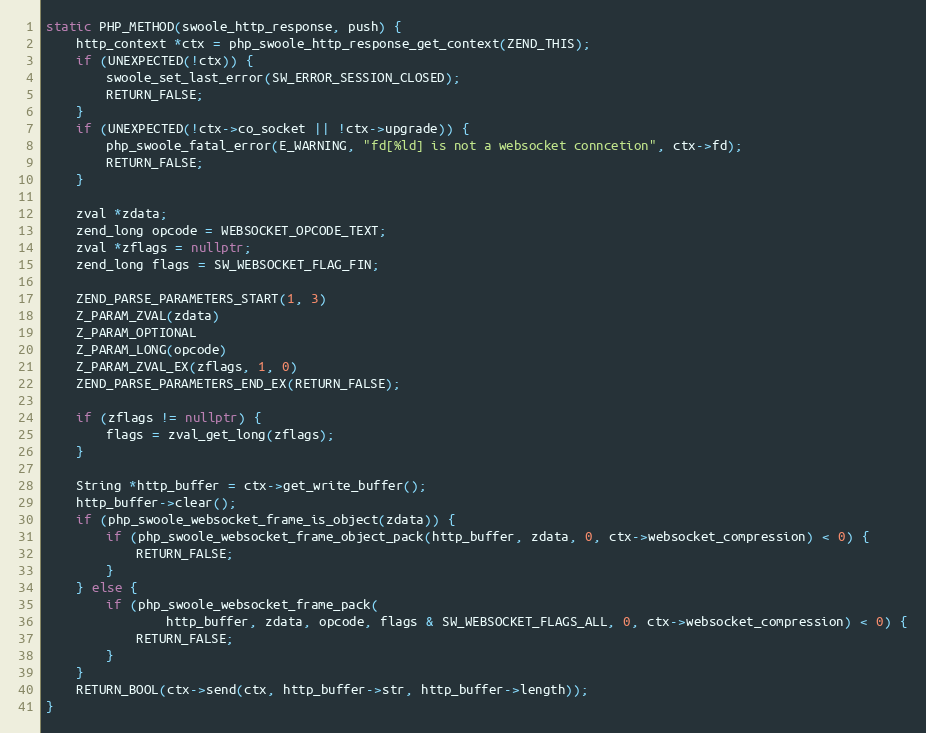
Language: C++
static PHP_METHOD(swoole_http_response, push) {
    http_context *ctx = php_swoole_http_response_get_context(ZEND_THIS);
    if (UNEXPECTED(!ctx)) {
        swoole_set_last_error(SW_ERROR_SESSION_CLOSED);
        RETURN_FALSE;
    }
    if (UNEXPECTED(!ctx->co_socket || !ctx->upgrade)) {
        php_swoole_fatal_error(E_WARNING, "fd[%ld] is not a websocket conncetion", ctx->fd);
        RETURN_FALSE;
    }

    zval *zdata;
    zend_long opcode = WEBSOCKET_OPCODE_TEXT;
    zval *zflags = nullptr;
    zend_long flags = SW_WEBSOCKET_FLAG_FIN;

    ZEND_PARSE_PARAMETERS_START(1, 3)
    Z_PARAM_ZVAL(zdata)
    Z_PARAM_OPTIONAL
    Z_PARAM_LONG(opcode)
    Z_PARAM_ZVAL_EX(zflags, 1, 0)
    ZEND_PARSE_PARAMETERS_END_EX(RETURN_FALSE);

    if (zflags != nullptr) {
        flags = zval_get_long(zflags);
    }

    String *http_buffer = ctx->get_write_buffer();
    http_buffer->clear();
    if (php_swoole_websocket_frame_is_object(zdata)) {
        if (php_swoole_websocket_frame_object_pack(http_buffer, zdata, 0, ctx->websocket_compression) < 0) {
            RETURN_FALSE;
        }
    } else {
        if (php_swoole_websocket_frame_pack(
                http_buffer, zdata, opcode, flags & SW_WEBSOCKET_FLAGS_ALL, 0, ctx->websocket_compression) < 0) {
            RETURN_FALSE;
        }
    }
    RETURN_BOOL(ctx->send(ctx, http_buffer->str, http_buffer->length));
}